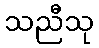
သညီသု